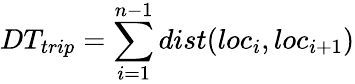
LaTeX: DT_{trip}=\sum_{i=1}^{n-1}dist(loc_{i},loc_{i+1})